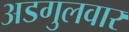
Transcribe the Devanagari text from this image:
अडगुलवार